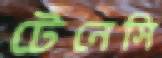
টেনেসি